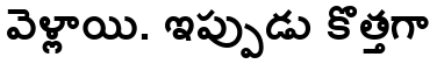
వెళ్లాయి. ఇప్పుడు కొత్తగా